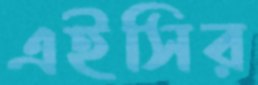
এইসির